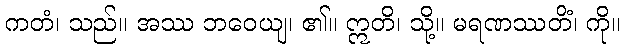
ကတံ၊ သည်။ အဿ ဘဝေယျ၊ ၏။ ဣတိ၊ သို့။ မရဏဿတိံ၊ ကို။